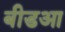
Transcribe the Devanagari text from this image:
बीडआ